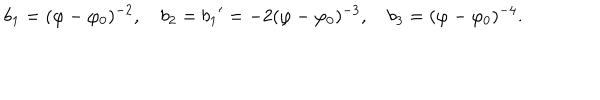
b _ { 1 } = ( \varphi - \varphi _ { 0 } ) ^ { - 2 } , b _ { 2 } = { b _ { 1 } } ^ { \prime } = - 2 ( \varphi - \varphi _ { 0 } ) ^ { - 3 } , b _ { 3 } = ( \varphi - \varphi _ { 0 } ) ^ { - 4 } .